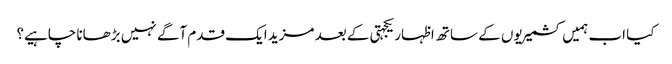
کیا اب ہمیں کشمیریوں کے ساتھ اظہار یکجہتی کے بعد مزید ایک قدم آگے نہیں بڑھانا چاہیے؟